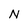
Character: N